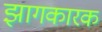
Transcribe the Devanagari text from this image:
झागकारक